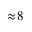
\approx \! 8